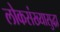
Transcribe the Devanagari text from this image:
लोकसंख्यासुद्धा